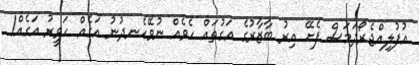
އުފުލިއްޖެރޯދަމަސް ފެށޭ އިރު ބާޒާރުގެ އަގުތައް ހެވެއް ނުވޭހެނދުނު އަގެއް ހަވީރު އަގެއް!